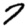
Digit: 7